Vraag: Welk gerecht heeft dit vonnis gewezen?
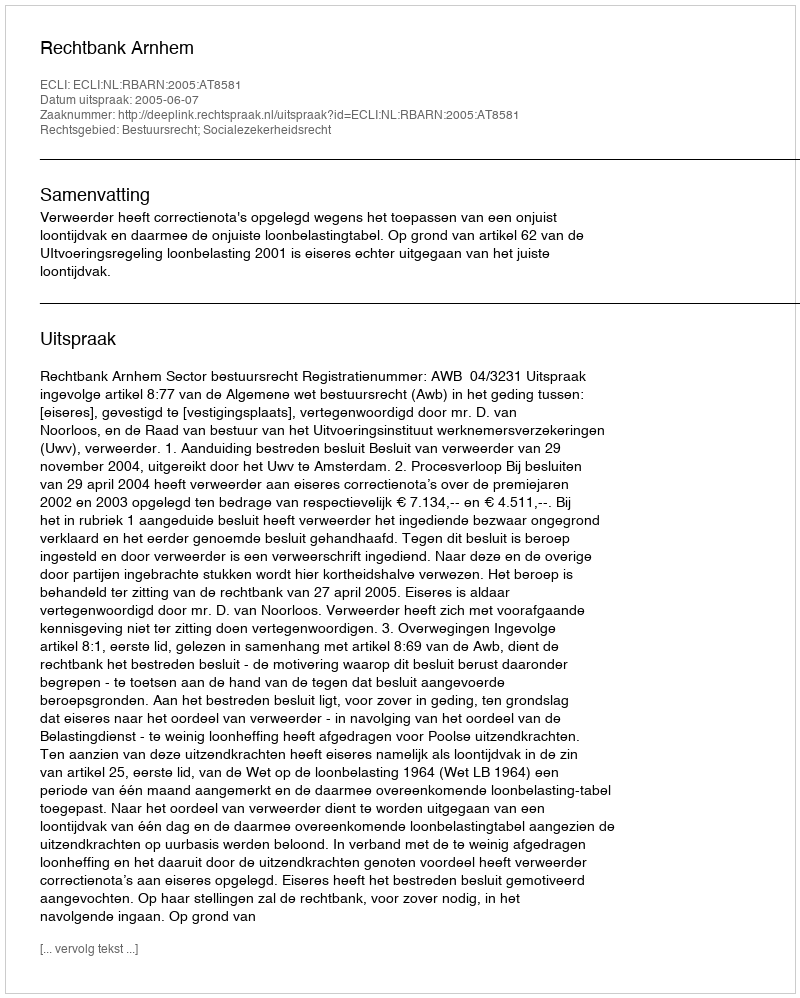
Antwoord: Rechtbank Arnhem